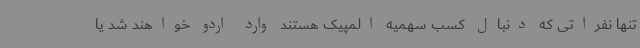
تنها نفراتی که دنبال کسب سهمیه المپیک هستند وارد اردو خواهند شد یا